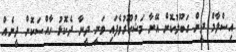
އިސްލާމް ދީން ގަބޫލުކޮށް އޭނާ މަޝްހޫރުވެފައި ވަނީ ދީނާ ދެކޮޅު ހާއްސަކޮށް ދީނެއް